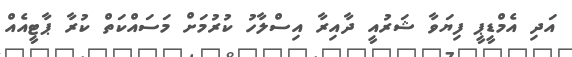
އަދި އެމްޑީޕީ ފިޔަވާ ޝަރުއީ ދާއިރާ އިސްލާހު ކުރުމަށް މަސައްކަތް ކުރާ ޕާޓީއެއް